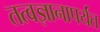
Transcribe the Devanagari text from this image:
तत्वज्ञानापर्यंत